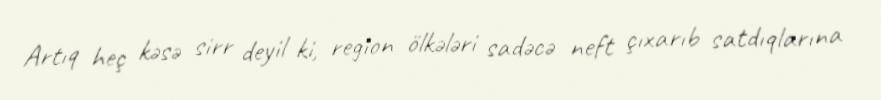
Artıq heç kəsə sirr deyil ki, region ölkələri sadəcə neft çıxarıb satdıqlarına